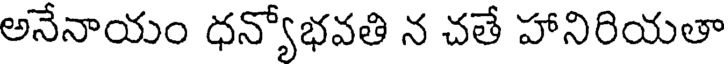
అనేనాయం ధన్యోభవతి న చతే హానిరియతా